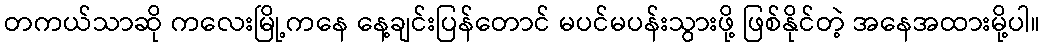
တကယ်သာဆို ကလေးမြို့ကနေ နေ့ချင်းပြန်တောင် မပင်မပန်းသွားဖို့ ဖြစ်နိုင်တဲ့ အနေအထားမို့ပါ။